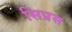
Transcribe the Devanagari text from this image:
सिप्रस